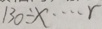
1 3 0 \div x \cdots r